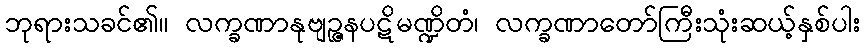
ဘုရားသခင်၏။ လက္ခဏာနုဗျဉ္ဇနပဋိမဏ္ဍိတံ၊ လက္ခဏာတော်ကြီးသုံးဆယ့်နှစ်ပါး